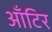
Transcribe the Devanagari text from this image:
आँटिर